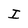
Character: I